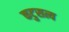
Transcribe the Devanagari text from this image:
कटुसत्य